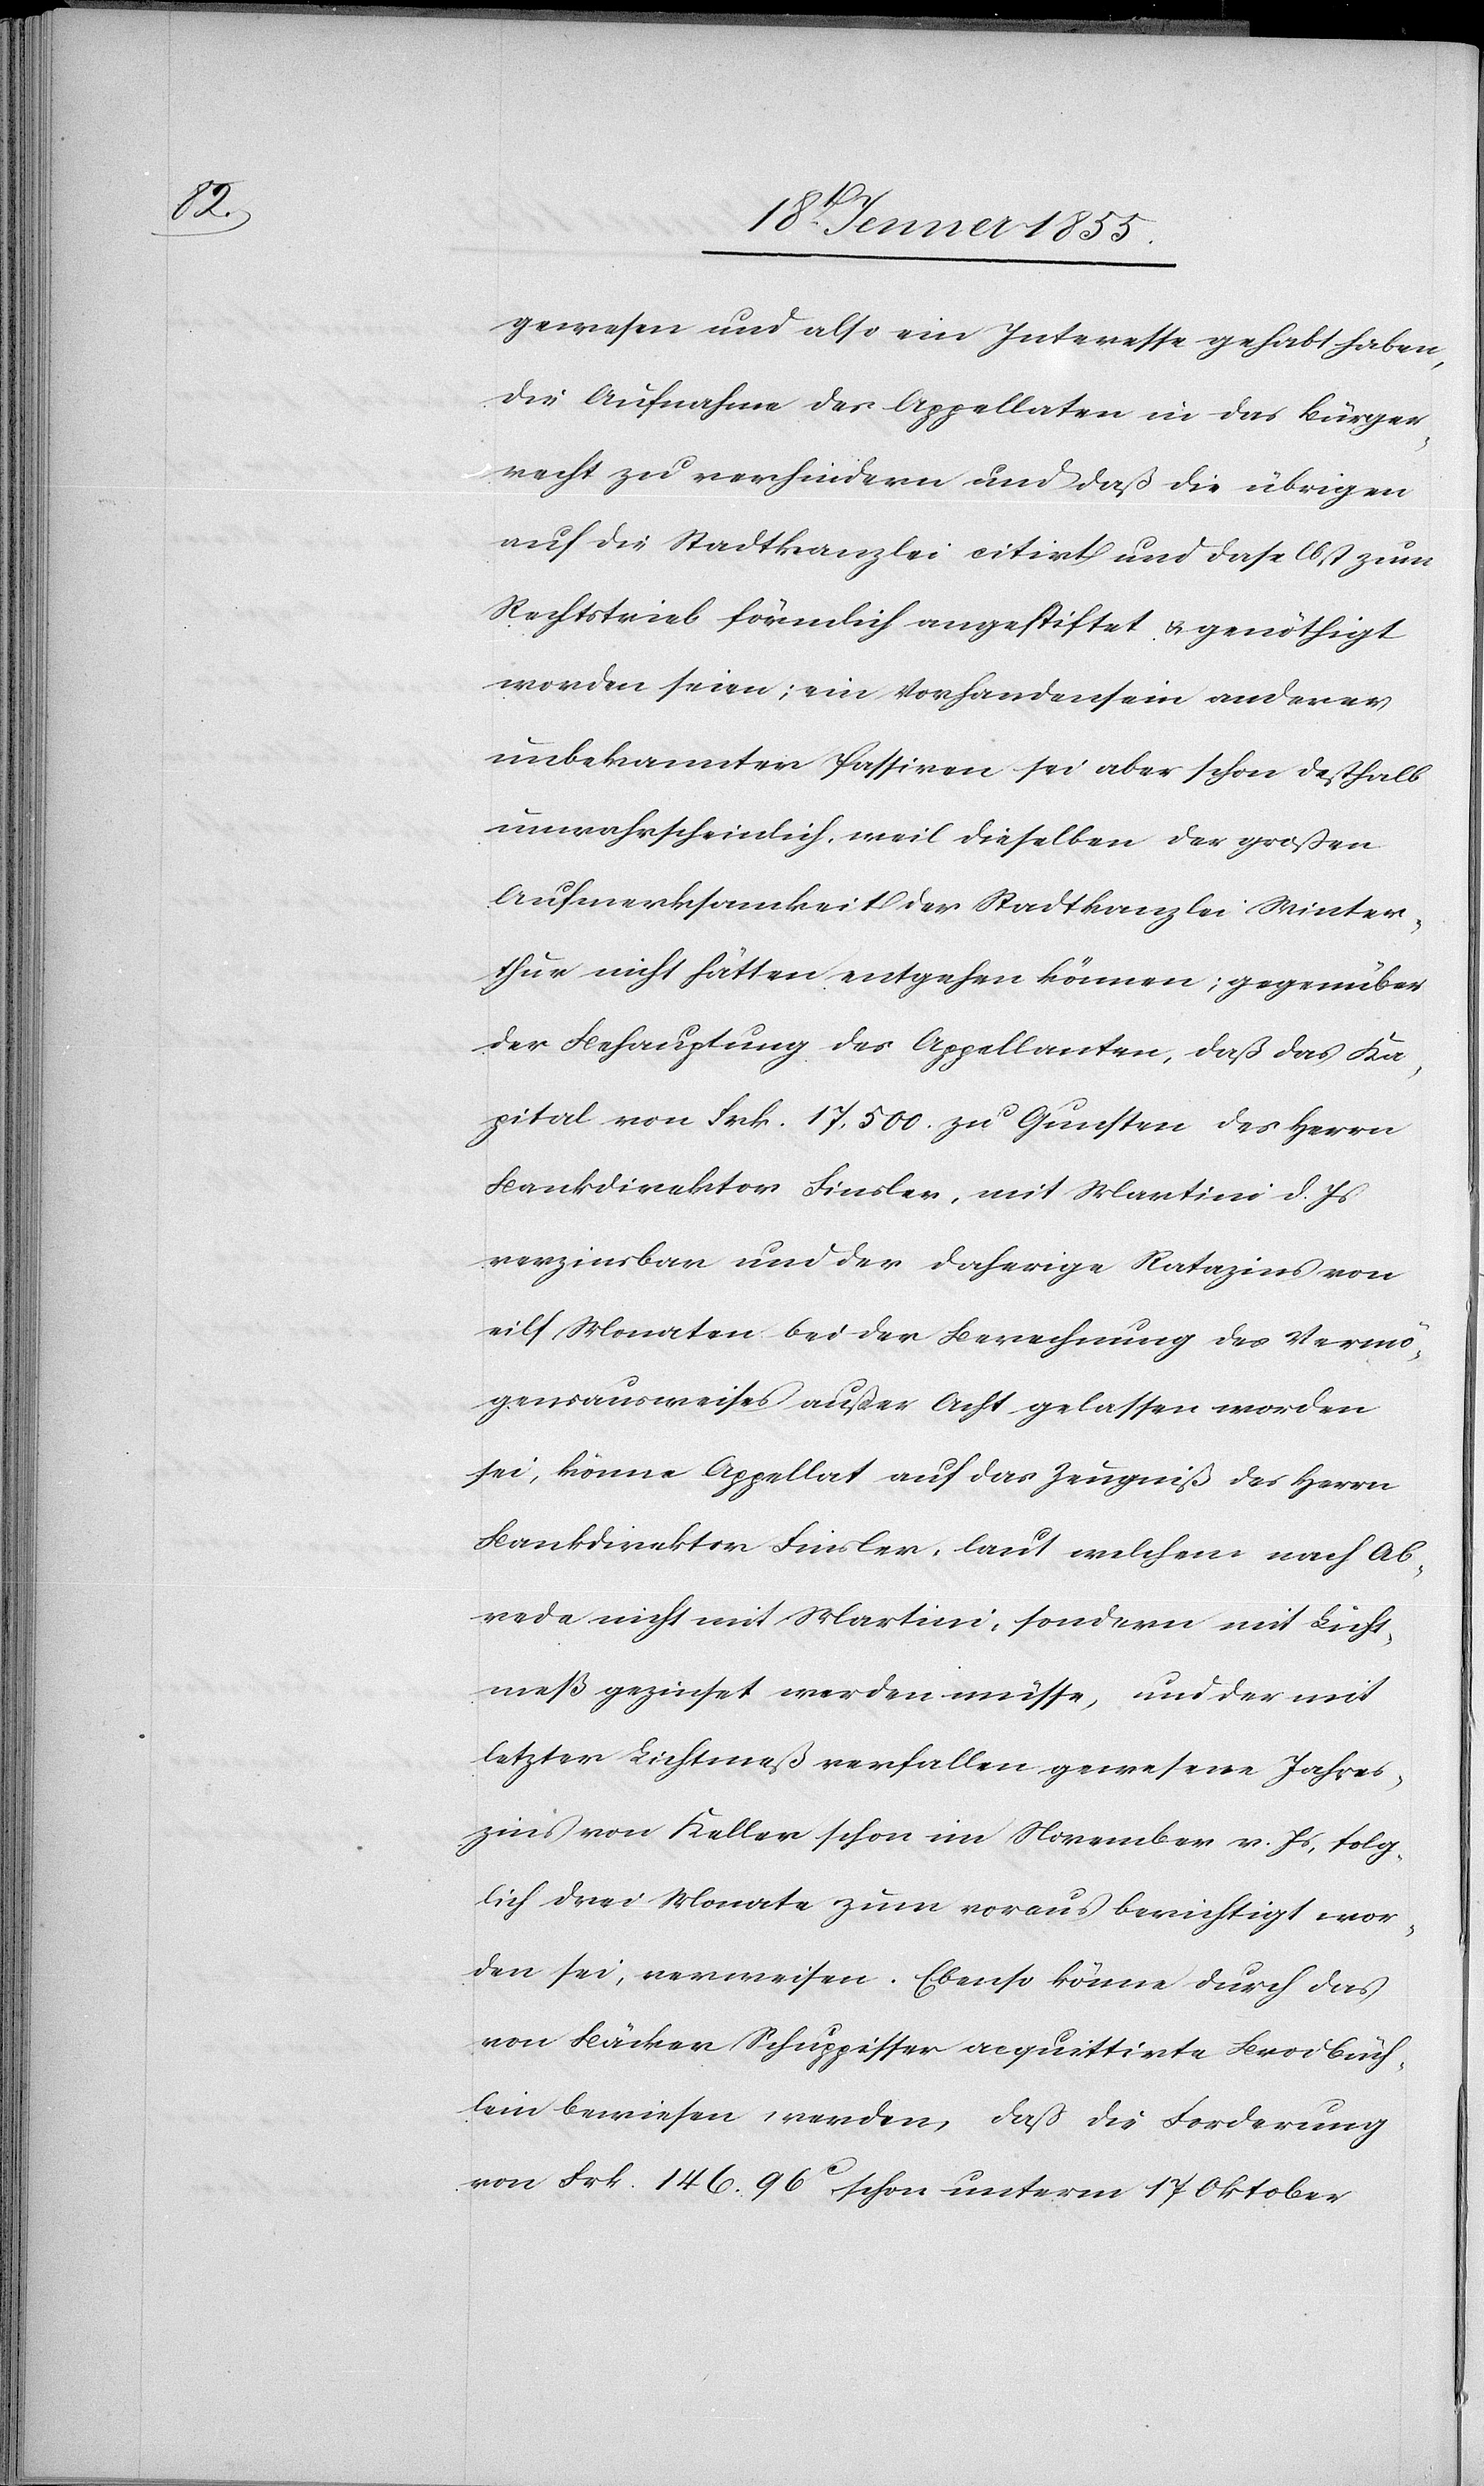
gewesen und also ein Interesse gehabt haben,
die Aufnahme des Appellaten in das Bürger¬
recht zu verhindern und daß die übrigen
auf die Stadtkanzlei citirt und daselbst zum
Rechtstrieb förmlich angestiftet & genöthigt
worden seien; ein Vorhandensein anderer
unbekannter Passiven sei aber schon deßhalb
unwahrscheinlich, weil dieselben der großen
Aufmerksamkeit der Stadtkanzlei Winter¬
thur nicht hätten entgehen können; gegenüber
der Behauptung des Appellanten, daß das Ka¬
pital von Frk. 17,500. zu Gunsten des Herrn
Bankdirektor Finsler, mit Martini d. Js
verzinsbar und der daherige Ratazins von
eilf Monaten bei der Berechnung des Vermö¬
gensausweises außer Acht gelassen worden
sei, könne Appellat auf das Zeugniß des Herrn
Bankdirektor Finsler, laut welchem nach Ab¬
rede nicht mit Martini, sondern mit Licht¬
meß gezinset werden müsse, und der mit
letzter Lichtmeß verfallen gewesene Jahres¬
zins von Keller schon im November v. Js, folg¬
lich drei Monate zum voraus berichtigt wor¬
den sei, verweisen. Ebenso könne durch das
von Bäcker Schuppisser [sic!] acquittirte Brodbüch¬
lein bewiesen werden, dass die Forderung
von Frk. 146. 96C schon unterm 17 Oktober